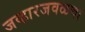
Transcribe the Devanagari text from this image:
जव्हारजवळचा